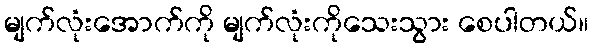
မျက်လုံးအောက်ကို မျက်လုံးကိုသေးသွား စေပါတယ်။